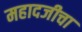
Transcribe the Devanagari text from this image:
महादजीचा